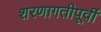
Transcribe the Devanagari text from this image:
शरणागतीपूर्वी